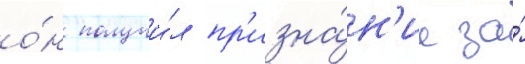
о́н получи́л пр'изна́н'ие за́